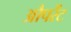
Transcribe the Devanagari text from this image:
औपरेंट